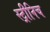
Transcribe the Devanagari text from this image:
स्ट्रीनिच